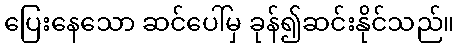
ပြေးနေသော ဆင်ပေါ်မှ ခုန်၍ဆင်းနိုင်သည်။